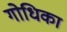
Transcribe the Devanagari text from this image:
गोधिका